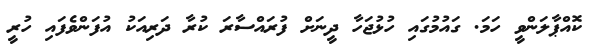
ކޮއްޕާލަންވީ ހަމަ. ގައުމުގައި ހުޅުޖަހާ ދީނަށް ފުރައްސާރަ ކުރާ ދަރިއަކު އުފަންވެފައި ހުރީ